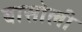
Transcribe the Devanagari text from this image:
बासोली